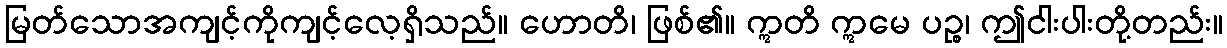
မြတ်သောအကျင့်ကိုကျင့်လေ့ရှိသည်။ ဟောတိ၊ ဖြစ်၏။ ဣတိ ဣမေ ပဉ္စ၊ ဤငါးပါးတို့တည်း။